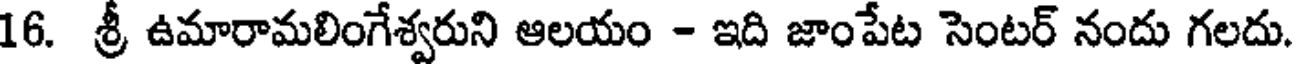
16. శ్రీ ఉమారామలింగేశ్వరుని ఆలయం - ఇది జాంపేట సెంటర్ నందు గలదు.